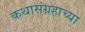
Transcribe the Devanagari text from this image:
कथासंग्रहाच्या